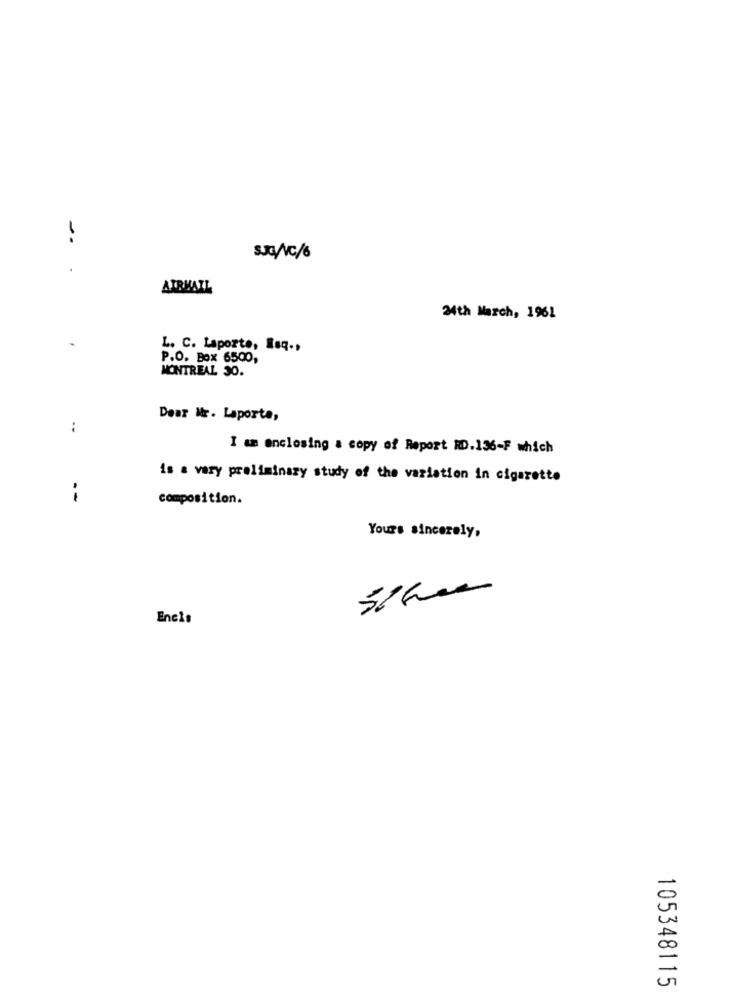
-
SJG/C/6
AIRMAIL
24th March, 1961
L. C. Laporte, Rsq .,
P.O. Box 6500,
MONTREAL 30.
Dear Mr. Laporta,
:
I am enclosing a copy of Report RD.136-F which
is a very preliminary study of the variation in cigarette
i
composition.
Yours sincerely,
Encie
105348115